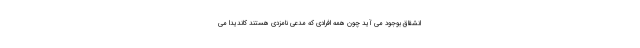
انشقاق بوجود می آید چون همه افرادی که مدعی نامزدی هستند کاندیدا می